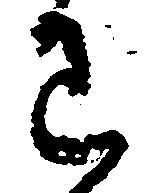
わ